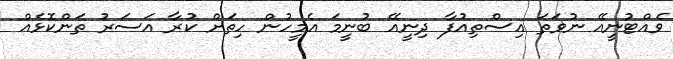
ވެއްޓުނީއޭ ނުވަތަ އިސްތިއުފާ ދިނީއޭ ބުނީމަ އެމީހުން ހިތަށް ކުރާ އަސަރު ތަންކޮޅެއް